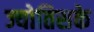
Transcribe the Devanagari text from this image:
ज्योतिसके